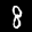
Label: 8